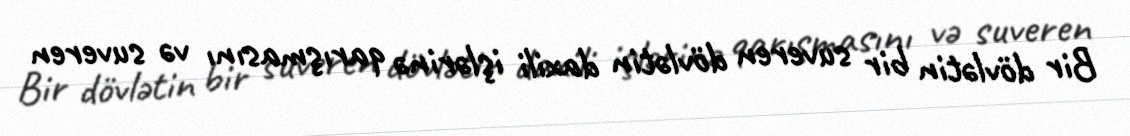
Bir dövlətin bir suveren dövlətin daxili işlərinə qarışmasını və suveren